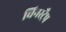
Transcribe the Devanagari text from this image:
चिनस्ट्रैप